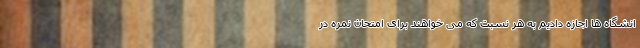
انشگاه ها اجازه دادیم به هر نسبت که می خواهند برای امتحان نمره در